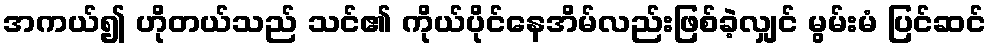
အကယ်၍ ဟိုတယ်သည် သင်၏ ကိုယ်ပိုင်နေအိမ်လည်းဖြစ်ခဲ့လျှင် မွမ်းမံ ပြင်ဆင်